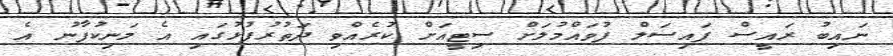
ނައިބު ރައީސް ފައިސަލް ފުވައްމުލަށް ސިޓީއަށް ކުރެއްވި ދަތުރުފުޅުގައި އެ މަނިކުފާނު އެ